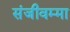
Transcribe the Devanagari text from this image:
संजीवम्मा